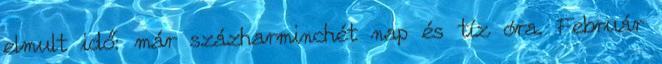
elmult idő: már százharminchét nap és tíz óra. Február